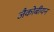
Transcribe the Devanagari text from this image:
जैकोबीयन